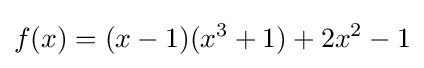
f(x)=(x-1)(x^{3}+1)+2x^{2}-1